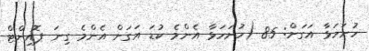
ހުށަހަޅާ އަގަށް: 85 (ހުށަހަޅާ އެންމެ ކުޑަ އަގަށް އެންމެ ގިނަ ޕޮއިންޓް